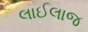
લાઈલાજ